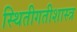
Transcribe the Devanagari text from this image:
स्थितीगतीशास्त्र